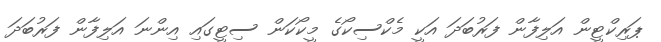
ޕަރިކްޓީން އަލިފާން ފަރުބަދަ އަކީ މެކްސިކޯގެ މީކޯކަން ސިޓީގައި އިންނަ އަލިފާން ފަރުބަދަ